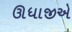
ઊધાજીએ